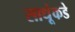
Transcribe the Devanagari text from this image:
साधूंकडे